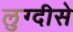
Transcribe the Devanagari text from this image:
लुग्दीसे